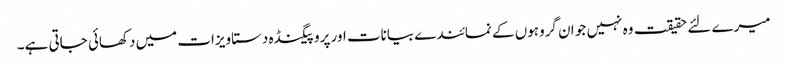
میرے لئے حقیقت وہ نہیں جو ا ن گروہوں کے نمائندے بیانات اور پروپیگنڈہ دستاویزات میں دکھائی جاتی ہے۔